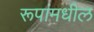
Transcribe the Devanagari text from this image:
रूपांमधील